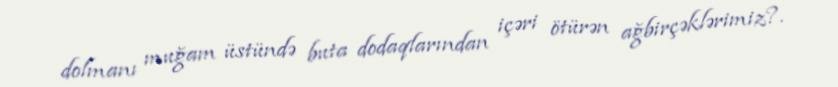
dolmanı muğam üstündə buta dodaqlarından içəri ötürən ağbirçəklərimiz?.